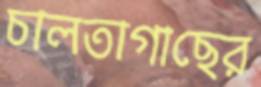
চালতাগাছের